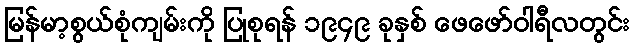
မြန်မာ့စွယ်စုံကျမ်းကို ပြုစုရန် ၁၉၄၉ ခုနှစ် ဖေဖော်ဝါရီလတွင်း